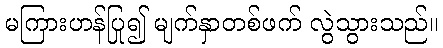
မကြားဟန်ပြု၍ မျက်နှာတစ်ဖက် လွဲသွားသည်။